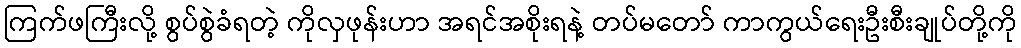
ကြက်ဖကြီးလို့ စွပ်စွဲခံရတဲ့ ကိုလှဖုန်းဟာ အရင်အစိုးရနဲ့ တပ်မတော် ကာကွယ်ရေးဦးစီးချုပ်တို့ကို